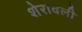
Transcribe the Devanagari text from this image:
शेरावली